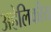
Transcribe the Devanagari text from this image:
अहेलिकीय